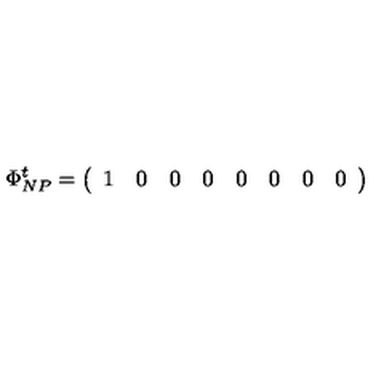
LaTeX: \Phi _ { N P } ^ { t } = \left( \begin{array} { l l l l l l l l } { 1 } & { 0 } & { 0 } & { 0 } & { 0 } & { 0 } & { 0 } & { 0 } \\ \end{array} \right)